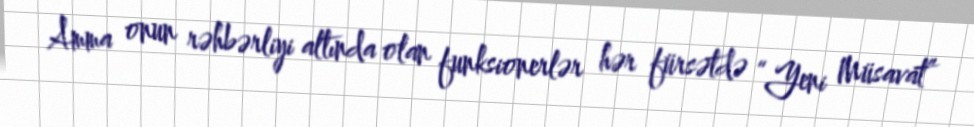
Amma onun rəhbərliyi altında olan funksionerlər hər fürsətdə “Yeni Müsavat”